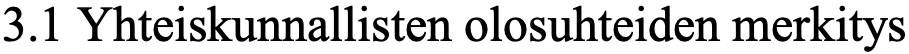
3.1 Yhteiskunnallisten olosuhteiden merkitys